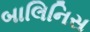
બાલિનિસ